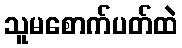
သူမစောက်ပတ်ထဲ